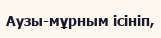
Аузы-мұрным ісініп,